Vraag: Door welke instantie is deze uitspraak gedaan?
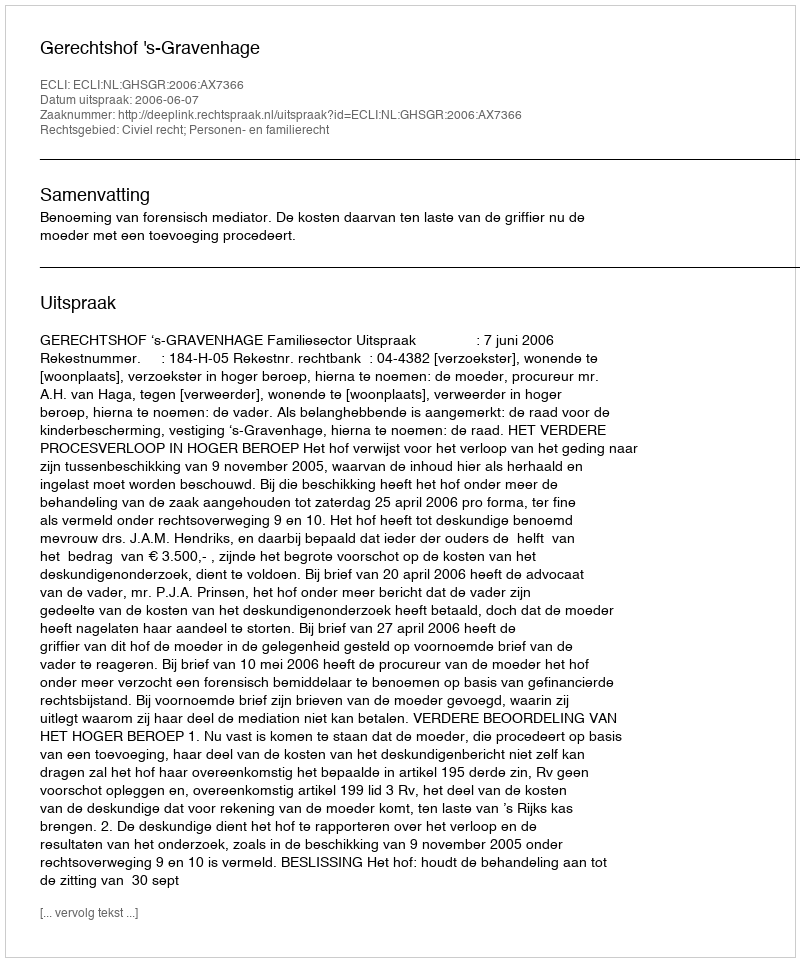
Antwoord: Gerechtshof 's-Gravenhage